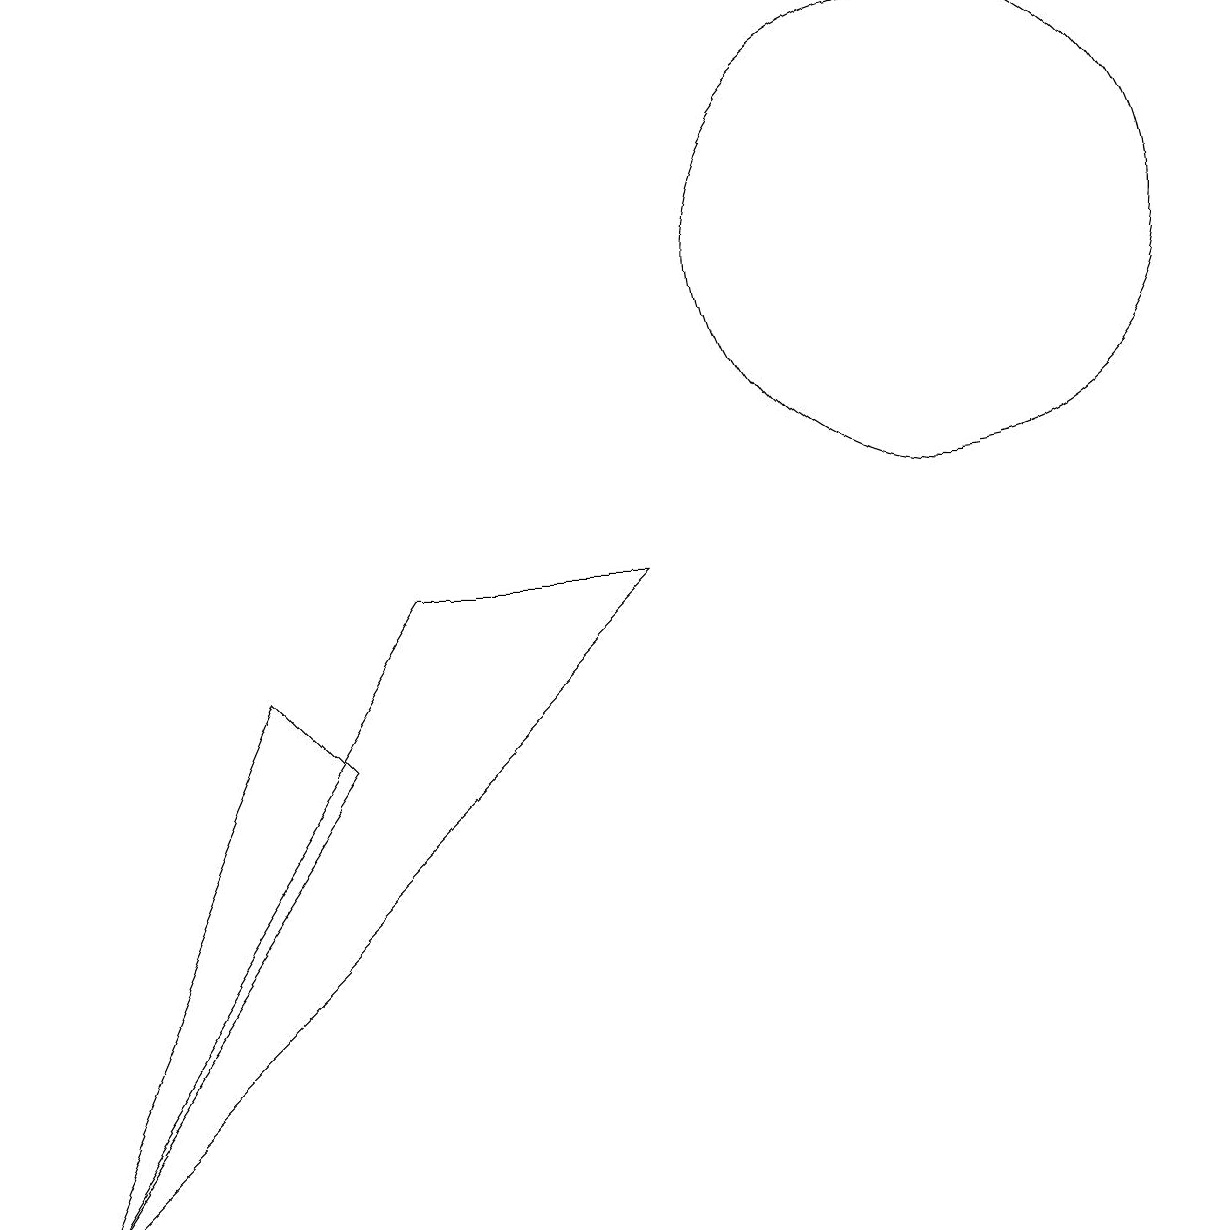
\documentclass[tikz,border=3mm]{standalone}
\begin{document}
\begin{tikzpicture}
\draw (12,12) circle (3);
\draw (0,0) -- (5,8) -- (8,8) -- cycle;
\draw (4,6) -- (3,7) -- (0,0) -- cycle;
\draw (11,10) circle (0);
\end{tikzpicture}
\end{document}